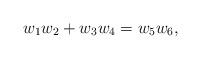
LaTeX: \begin{align*}w_1w_2+w_3w_4=w_5w_6,\end{align*}